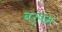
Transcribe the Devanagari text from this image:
वर्षम